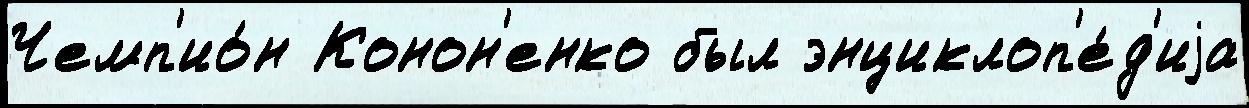
Чемп'ио́н Конон'енко был энциклоп'е́д'иjа